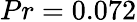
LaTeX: {Pr=0.072}